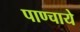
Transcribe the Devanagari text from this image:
पाण्चाये